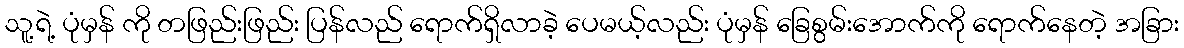
သူ့ရဲ့ ပုံမှန် ကို တဖြည်းဖြည်း ပြန်လည် ရောက်ရှိလာခဲ့ ပေမယ့်လည်း ပုံမှန် ခြေစွမ်းအောက်ကို ရောက်နေတဲ့ အခြား